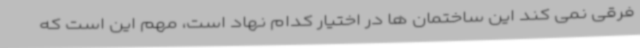
فرقی نمی کند این ساختمان ها در اختیار کدام نهاد است، مهم این است که